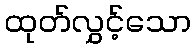
ထုတ်လွှင့်သော